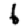
Digit: 6